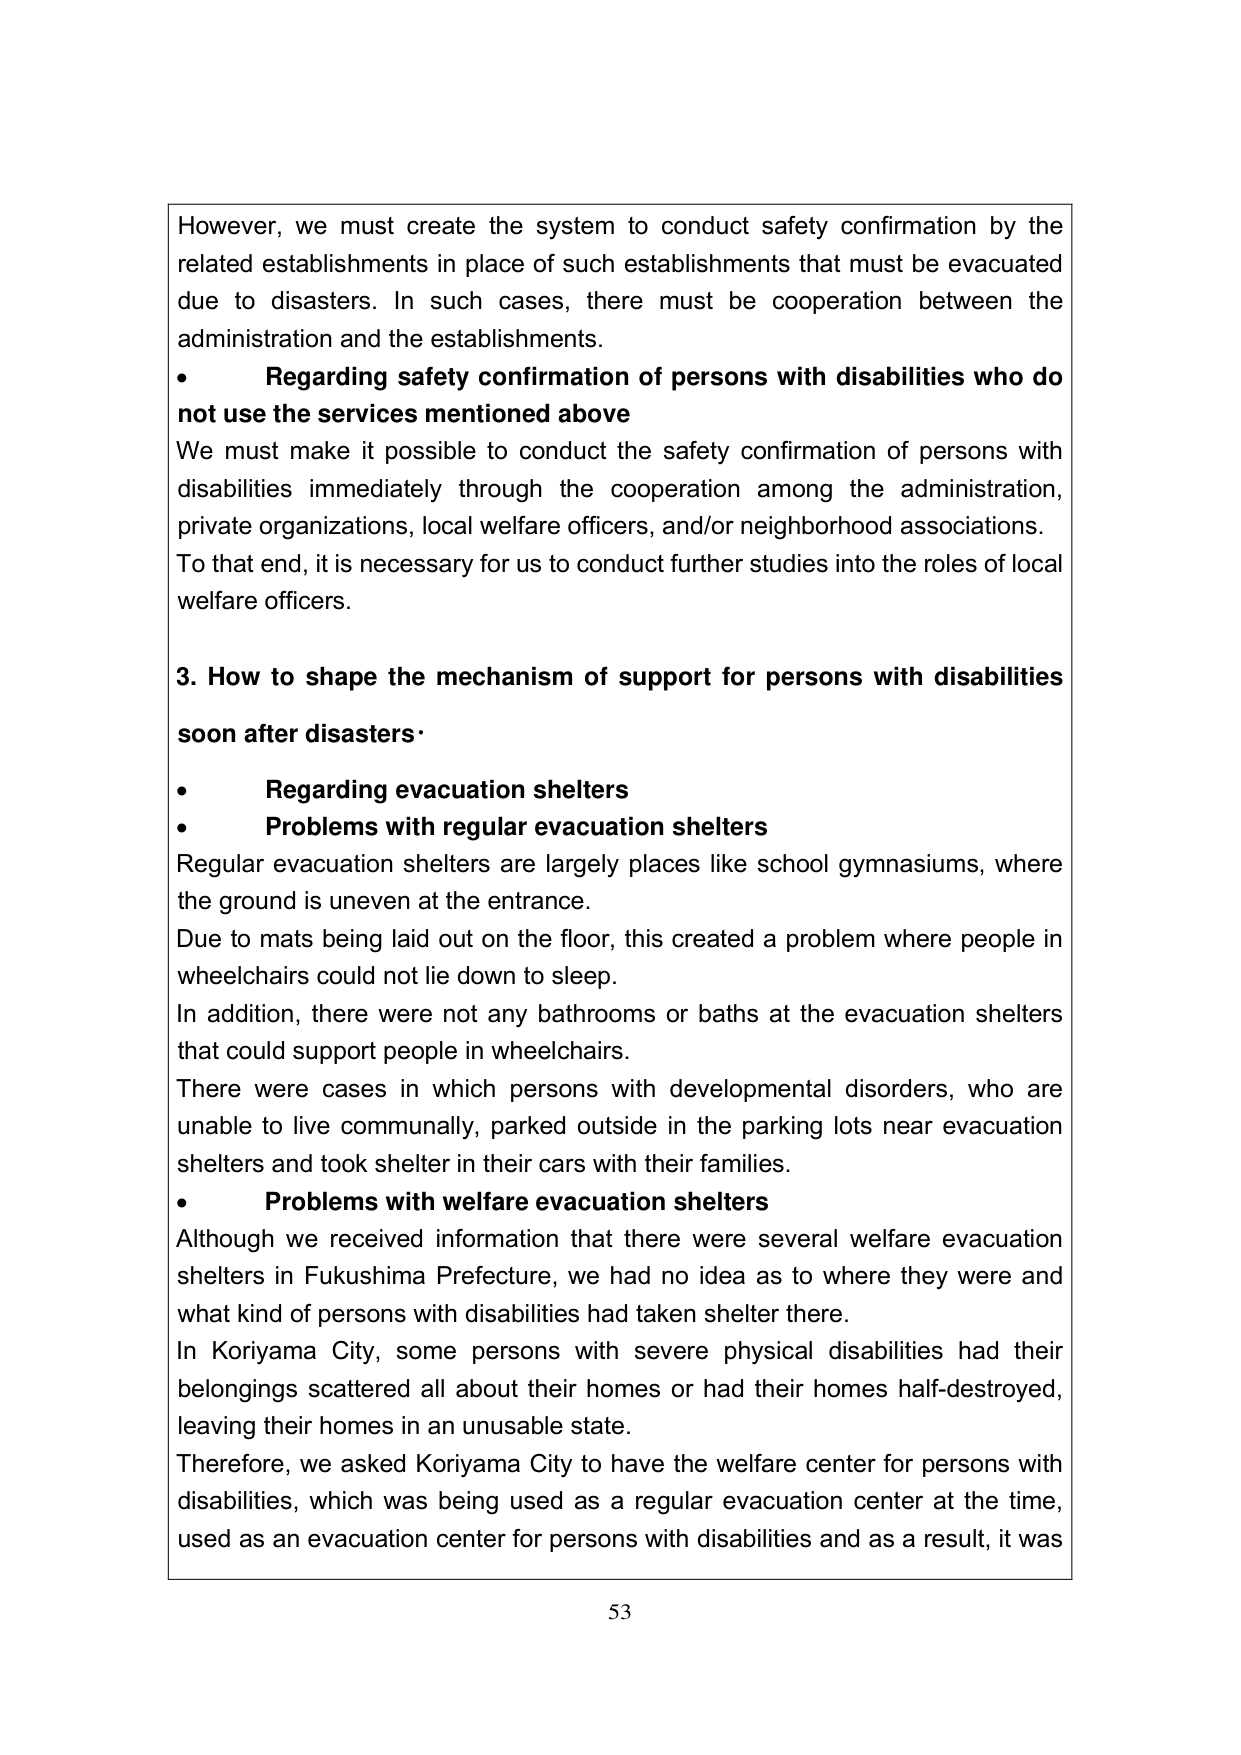
However, we must create the system to conduct safety confirmation by the related establishments in place of such establishments that must be evacuated due to disasters. In such cases, there must be cooperation between the administration and the establishments.

• Regarding safety confirmation of persons with disabilities who do not use the services mentioned above
We must make it possible to conduct the safety confirmation of persons with disabilities immediately through the cooperation among the administration, private organizations, local welfare officers, and/or neighborhood associations. To that end, it is necessary for us to conduct further studies into the roles of local welfare officers.

3. How to shape the mechanism of support for persons with disabilities soon after disasters

• Regarding evacuation shelters
• Problems with regular evacuation shelters
Regular evacuation shelters are largely places like school gymnasiums, where the ground is uneven at the entrance.
Due to mats being laid out on the floor, this created a problem where people in wheelchairs could not lie down to sleep.
In addition, there were not any bathrooms or baths at the evacuation shelters that could support people in wheelchairs.
There were cases in which persons with developmental disorders, who are unable to live communally, parked outside in the parking lots near evacuation shelters and took shelter in their cars with their families.
• Problems with welfare evacuation shelters
Although we received information that there were several welfare evacuation shelters in Fukushima Prefecture, we had no idea as to where they were and what kind of persons with disabilities had taken shelter there.
In Koriyama City, some persons with severe physical disabilities had their belongings scattered all about their homes or had their homes half-destroyed, leaving their homes in an unusable state.
Therefore, we asked Koriyama City to have the welfare center for persons with disabilities, which was being used as a regular evacuation center at the time, used as an evacuation center for persons with disabilities and as a result, it was

53